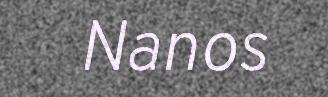
Nanos